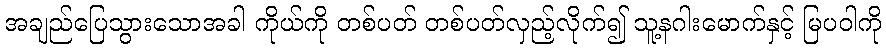
အချည်ပြေသွားသောအခါ ကိုယ်ကို တစ်ပတ် တစ်ပတ်လှည့်လိုက်၍ သူ့နဂါးမောက်နှင့် မြပဝါကို